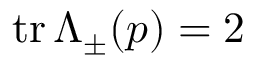
\operatorname { t r } \Lambda _ { \pm } ( p ) = 2